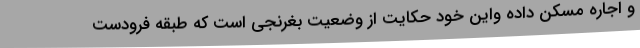
و اجاره مسکن داده واین خود حکایت از وضعیت بغرنجی است که طبقه فرودست